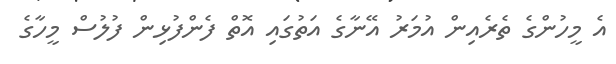
އެ މީހުންގެ ތެރެއިން އުމަރު އޭނާގެ އަތުގައި އޮތް ފެންފުޅިން ފުލުސް މީހާގެ